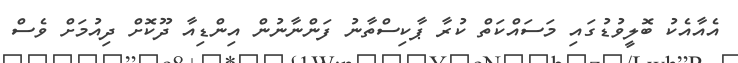
އެއާއެކު ބޮލީވުޑުގައި މަސައްކަތް ކުރާ ޕާކިސްތާނު ފަންނާނުން އިންޑިއާ ދޫކޮށް ދިއުމަށް ވެސް